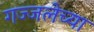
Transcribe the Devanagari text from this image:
गज्जलेच्या